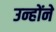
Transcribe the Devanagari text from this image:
उन्होंने